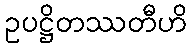
ဥပဋ္ဌိတဿတီဟိ